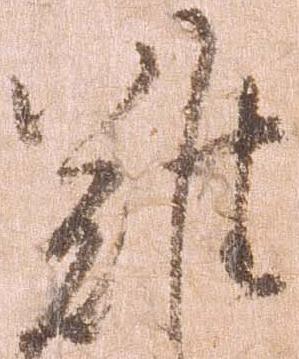
難